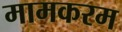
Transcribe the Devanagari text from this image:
मामकरम